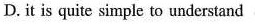
D.it is quite simple to urderstand